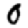
Digit: 0